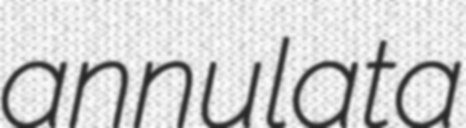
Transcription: annulata